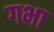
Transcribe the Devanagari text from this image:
गभा